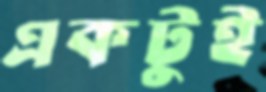
একটুই